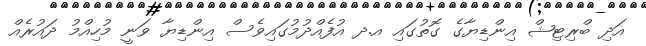
އަދި ބްރިޓިޝް އިންޑިޔާގެ ގޮތުގައި އ.ދ އުފެއްދުމުގައިވެސް އިންޑިޔާ ވަނީ މުހިއްމު ދައުރެއް